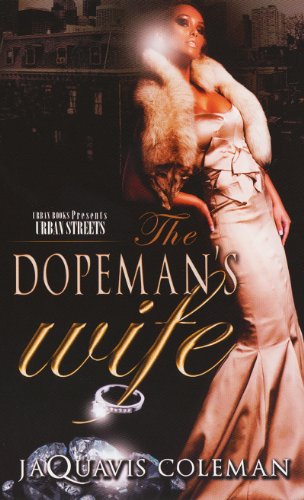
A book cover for The Dopeman's Wife: Part 1 of the Dopeman's Trilogy; JaQuavis Coleman; Literature & Fiction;